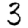
Digit: 3